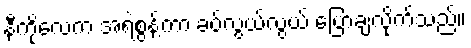
နီကိုလေက အရဲစွန့်ကာ ခပ်လွယ်လွယ် ပြောချလိုက်သည်။